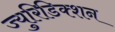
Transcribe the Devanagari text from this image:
ज्युरिडिक्शन